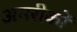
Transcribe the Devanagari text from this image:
अमरीकों